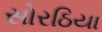
સોરઠિયા